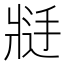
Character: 𱭑